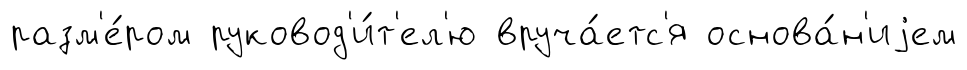
разм'е́ром руковод'и́т'ел'ю вруча́етс'я основа́н'иjем